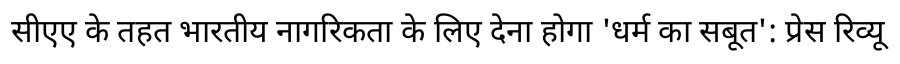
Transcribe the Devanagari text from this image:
सीएए के तहत भारतीय नागरिकता के लिए देना होगा 'धर्म का सबूत': प्रेस रिव्यू